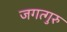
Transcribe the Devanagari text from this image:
जगत्गुरु